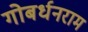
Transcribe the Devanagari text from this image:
गोबर्धनराम